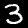
Label: 3